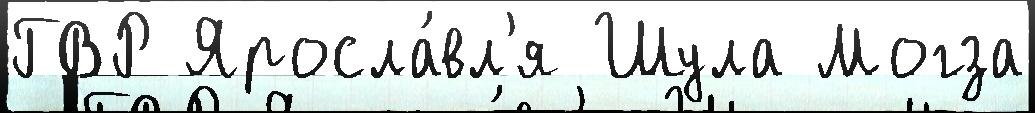
ГВР Яросла́вл'я Шула Могза